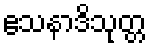
ဧသနာဒိသုတ္တ